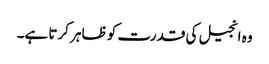
وہ انجیل کی قدرت کو ظاہر کرتا ہے۔